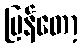
ပြန်တော့